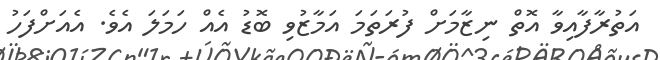
އަތުރާފާއިވާ އޮތް ނިޒާމަށް ފުރަތަމަ އަމާޒުވި ބޮޑު އެއް ހަމަލަ އެވެ. އެއަށްފަހު